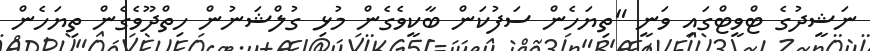
ނަޝީދުގެ ޓްވީޓްގައި ވަނީ "ތިޔަހެން ސަފުކަން ބާކީވެގެން މުޅި ގުލްޝަނުން ހިތްދޫވެގެން ތިޔަހެން